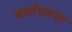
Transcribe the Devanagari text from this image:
बर्याचश्या